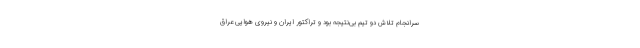
سرانجام تلاش دو تیم بی‌نتیجه بود و تراکتور ایران و نیروی هوایی عراق